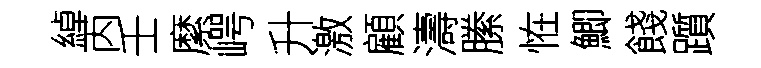
綽丙壬縻崿升激顧濤縢恠鯽餞躓